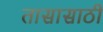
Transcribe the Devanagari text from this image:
तासासाठी